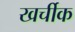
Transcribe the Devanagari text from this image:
खर्चीक